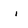
Character: i